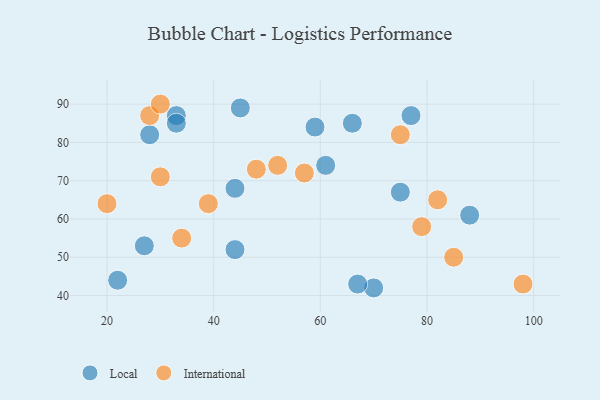
{"axis": {"x": "GDP", "y": "Life Expectancy"}, "legend": ["International", "Local"], "data": [{"x": "22", "y": 44, "type": "Local"}, {"x": "44", "y": 52, "type": "Local"}, {"x": "75", "y": 67, "type": "Local"}, {"x": "44", "y": 68, "type": "Local"}, {"x": "27", "y": 53, "type": "Local"}, {"x": "88", "y": 61, "type": "Local"}, {"x": "66", "y": 85, "type": "Local"}, {"x": "77", "y": 87, "type": "Local"}, {"x": "61", "y": 74, "type": "Local"}, {"x": "33", "y": 87, "type": "Local"}, {"x": "45", "y": 89, "type": "Local"}, {"x": "59", "y": 84, "type": "Local"}, {"x": "33", "y": 85, "type": "Local"}, {"x": "70", "y": 42, "type": "Local"}, {"x": "28", "y": 82, "type": "Local"}, {"x": "67", "y": 43, "type": "Local"}, {"x": "52", "y": 74, "type": "International"}, {"x": "30", "y": 71, "type": "International"}, {"x": "82", "y": 65, "type": "International"}, {"x": "39", "y": 64, "type": "International"}, {"x": "28", "y": 87, "type": "International"}, {"x": "57", "y": 72, "type": "International"}, {"x": "48", "y": 73, "type": "International"}, {"x": "34", "y": 55, "type": "International"}, {"x": "30", "y": 90, "type": "International"}, {"x": "20", "y": 64, "type": "International"}, {"x": "85", "y": 50, "type": "International"}, {"x": "79", "y": 58, "type": "International"}, {"x": "75", "y": 82, "type": "International"}, {"x": "98", "y": 43, "type": "International"}]}